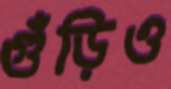
গুঁড়িও